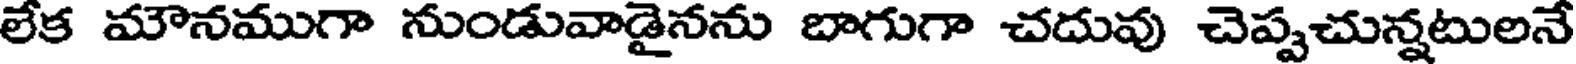
లేక మౌనముగా నుండువాడైనను బాగుగా చదువు చెప్పచున్నటులనే